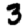
Digit: 3